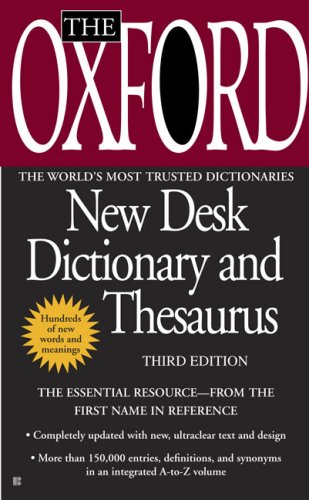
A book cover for The Oxford New Desk Dictionary and Thesaurus: Third Edition; Oxford University Press; Reference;